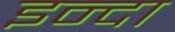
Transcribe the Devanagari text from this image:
इन्दा